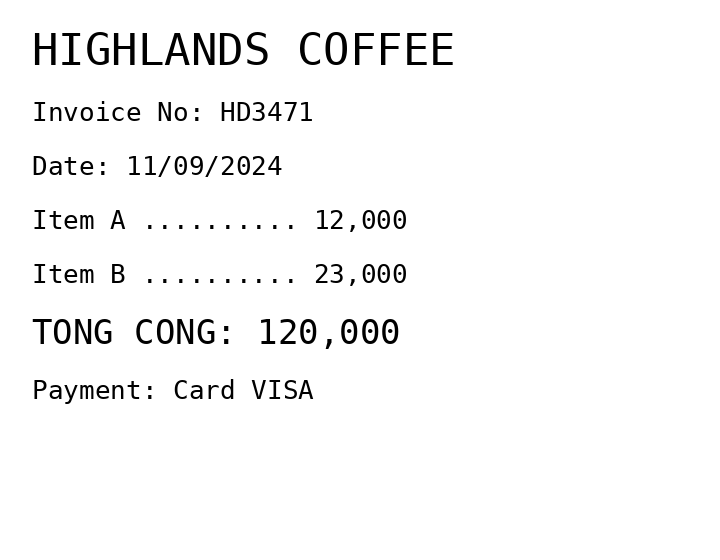
HIGHLANDS COFFEE
Invoice No: HD3471
Date: 11/09/2024
Item A .......... 12,000
Item B .......... 23,000
TONG CONG: 120,000
Payment: Card VISA
Merchant: highlands coffee
Date: 2024-09-11
Total: 120000
Invoice No: HD3471
Payment method: CARD